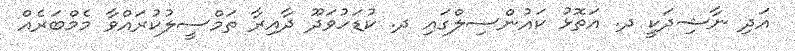
އަދި ނާޝިދަކީ ދ. އަތޮޅު ކައުންސިލްގައި ދ. ކުޑަހުވަދޫ ދާއިރާ ތަމްސީލުކުރައްވާ މެމްބަރެއް